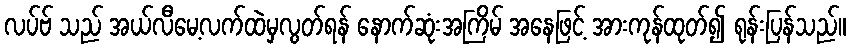
လပ်ဗ် သည် အယ်လီမေ့လက်ထဲမှလွတ်ရန် နောက်ဆုံးအကြိမ် အနေဖြင့် အားကုန်ထုတ်၍ ရုန်းပြန်သည်။